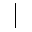
|